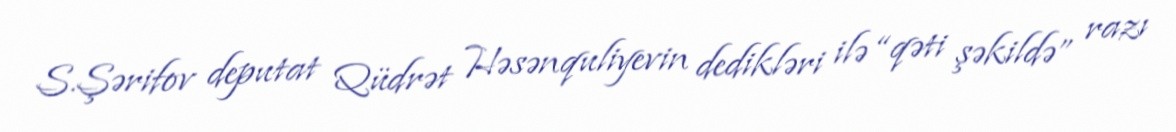
S.Şərifov deputat Qüdrət Həsənquliyevin dedikləri ilə “qəti şəkildə” razı